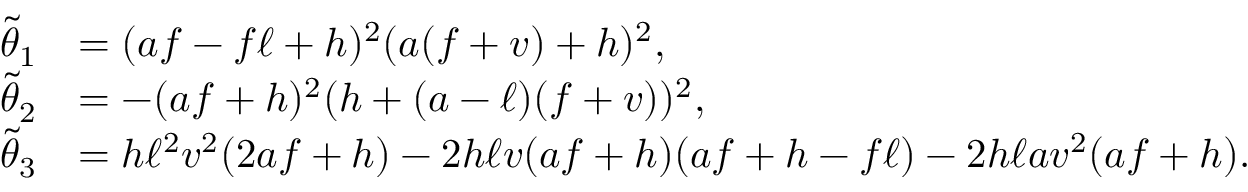
\begin{array} { r l } { \tilde { \theta } _ { 1 } } & { = ( a f - f \ell + h ) ^ { 2 } ( a ( f + v ) + h ) ^ { 2 } , } \\ { \tilde { \theta } _ { 2 } } & { = - ( a f + h ) ^ { 2 } ( h + ( a - \ell ) ( f + v ) ) ^ { 2 } , } \\ { \tilde { \theta } _ { 3 } } & { = h \ell ^ { 2 } v ^ { 2 } ( 2 a f + h ) - 2 h \ell v ( a f + h ) ( a f + h - f \ell ) - 2 h \ell a v ^ { 2 } ( a f + h ) . } \end{array}